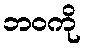
ဘဝကို